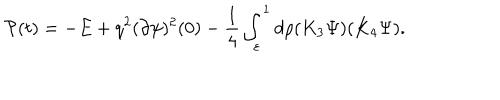
LaTeX: { \cal P } ( t ) = - E + q ^ { 2 } ( \partial \psi ) ^ { 2 } ( 0 ) - \frac 1 4 \int _ { \varepsilon } ^ { 1 } d \rho ( K _ { 3 } \Psi ) ( K _ { 4 } \Psi ) .